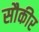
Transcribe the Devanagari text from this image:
सौकीर